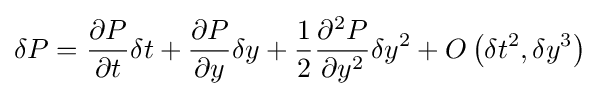
\delta P={\frac {\partial P}{\partial t}}\delta t+{\frac {\partial P}{\partial y}}\delta y+{\frac {1}{2}}{\frac {\partial ^{2}P}{\partial y^{2}}}\delta y^{2}+O\left({\delta t^{2},\delta y^{3}}\right)